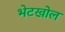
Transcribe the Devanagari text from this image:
भेटखोल